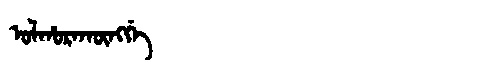
Manchu: ᠣᠯᡥᠣᡵᠠᡴᡡᠩᡤᡝ
Romanization: OLHORAKŪNGGE